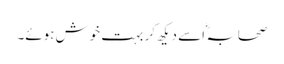
صحابہ ؓ اسے دیکھ کر بہت خوش ہوئے۔